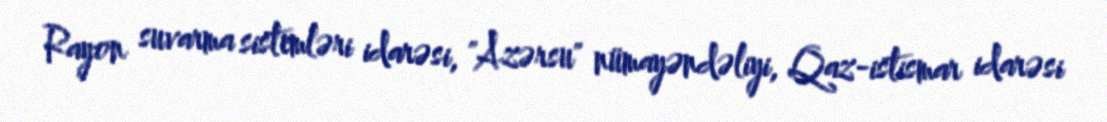
Rayon suvarma sistemləri idarəsi, "Azərsu" nümayəndəliyi, Qaz-istismar idarəsi